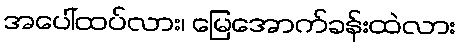
အပေါ်ထပ်လား၊ မြေအောက်ခန်းထဲလား